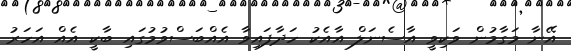
އޭނާ މަގާމުން ވަކިވީ އާސެނަލް އާއެކު ހަދާފައިވާ އެއްބަސްވުމުގައި ބާކީ އެއް އަހަރު